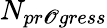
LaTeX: N_{pr\mathscr{O}gress}